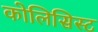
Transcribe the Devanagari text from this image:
कोलिसिस्ट